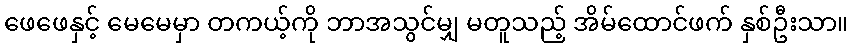
ဖေဖေနှင့် မေမေမှာ တကယ့်ကို ဘာအသွင်မျှ မတူသည့် အိမ်ထောင်ဖက် နှစ်ဦးသာ။